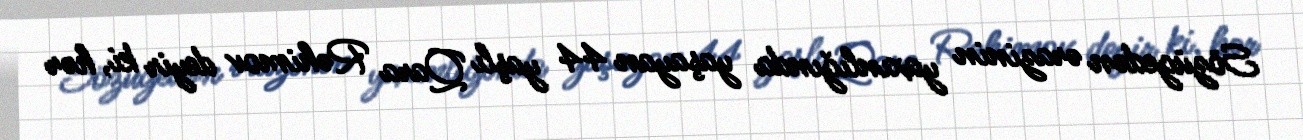
Sözügedən ərazinin yaxınlığında yaşayan 44 yaşlı Qara Rəhimov deyir ki, hər